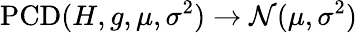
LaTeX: \operatorname{PCD}(H,g,\mu,\sigma^{2})\to\mathcal N(\mu,\sigma^{2})